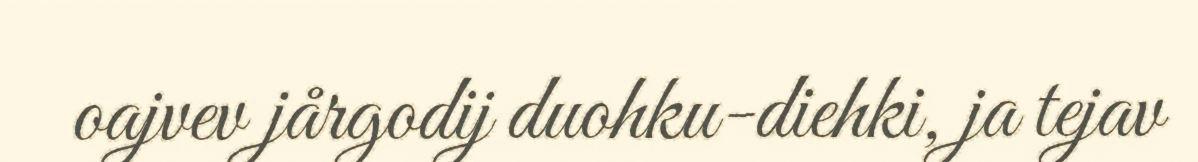
oajvev jårgodij duohku-diehki, ja tejav